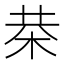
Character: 㭟